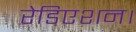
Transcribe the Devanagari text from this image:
रेडिएशन।